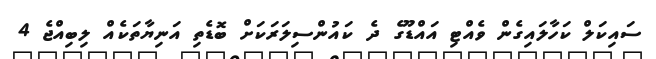
ސައިކަލް ކަހާލައިގެން ވެއްޓި އައްޑޫގެ ދެ ކައުންސިލަރަކަށް ބޮޑެތި އަނިޔާތަކެއް ލިބިއްޖެ 4